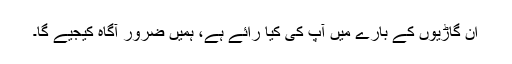
ان گاڑیوں کے بارے میں آپ کی کیا رائے ہے، ہمیں ضرور آگاہ کیجیے گا۔